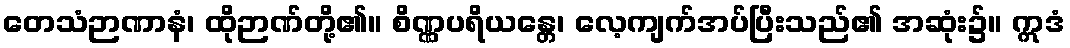
တေသံဉာဏာနံ၊ ထိုဉာဏ်တို့၏။ စိဏ္ဏပရိယန္တေ၊ လေ့ကျက်အပ်ပြီးသည်၏ အဆုံး၌။ ဣဒံ